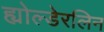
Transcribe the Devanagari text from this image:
ह्योल्डेरलिन